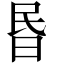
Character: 昬